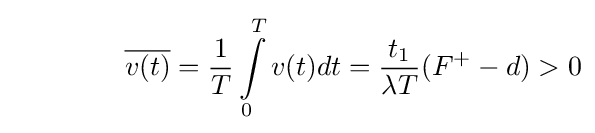
\qquad \qquad {\overline {v(t)}}={\frac {1}{T}}\int \limits _{0}^{T}v(t)dt={\frac {t_{1}}{\lambda T}}(F^{+}-d)>0